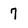
Character: 7